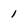
Character: 1